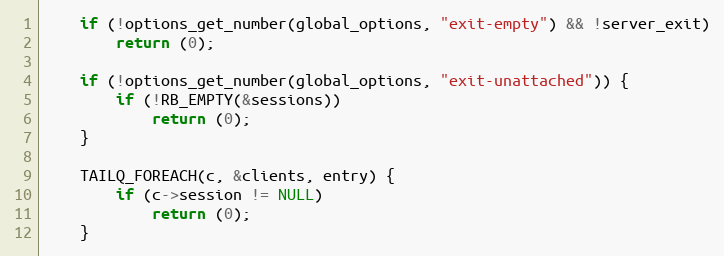
Language: C
	if (!options_get_number(global_options, "exit-empty") && !server_exit)
		return (0);

	if (!options_get_number(global_options, "exit-unattached")) {
		if (!RB_EMPTY(&sessions))
			return (0);
	}

	TAILQ_FOREACH(c, &clients, entry) {
		if (c->session != NULL)
			return (0);
	}